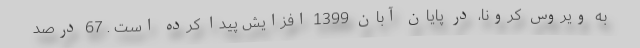
به ویروس کرونا، در پایان آبان 1399 افزایش پیدا کرده است . 67 درصد